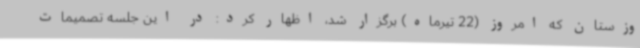
وزستان که امروز (22 تیرماه) برگزار شد، اظهار کرد: در این جلسه تصمیمات